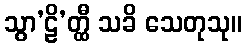
သွာ’ဠိ’တ္ထီ သခိ သေတုသု။